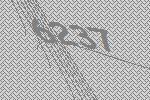
6237